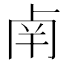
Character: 𠧲